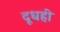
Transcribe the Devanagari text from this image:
दूधही